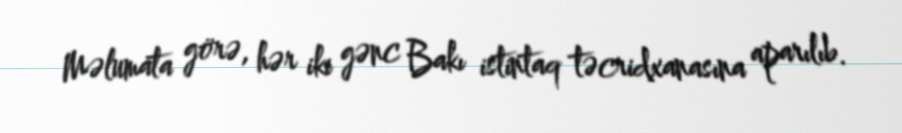
Məlumata görə, hər iki gənc Bakı istintaq təcridxanasına aparılıb.